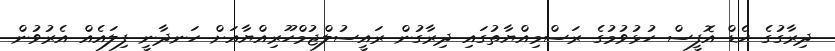
ދިރާގުގެ ހެޑް އޮފީސް ހުޅުވުމުގެ ރަސްމިއްޔާތުގައި ދިރާގުން ރައީސުލްޖުމްހޫރިއްޔާއަށް ހަނދާނީ ފިލައެއް އެރުވުން